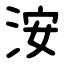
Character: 洝